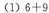
(1)6+9